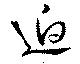
逈